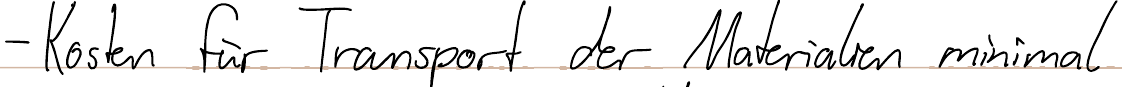
- Kosten für Transport der Materialien minimal